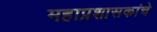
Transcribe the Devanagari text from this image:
महाप्रशासकांचे